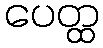
ပေတ္ထ